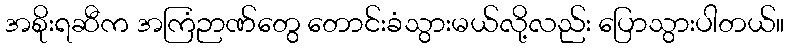
အစိုးရဆီက အကြံဉာဏ်တွေ တောင်းခံသွားမယ်လို့လည်း ပြောသွားပါတယ်။